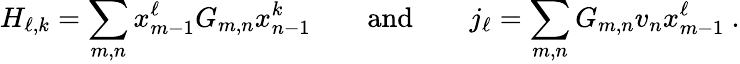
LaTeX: H_{\ell,k}=\sum_{m,n}x_{m-1}^{\ell}G_{m,n}x_{n-1}^{k}\qquad\mathrm{and}\qquad j_{\ell}=\sum_{m,n}G_{m,n}v_{n}x_{m-1}^{\ell}\ .